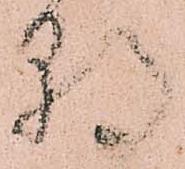
朝